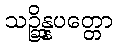
သဉ္ဆိန္နပတ္တော